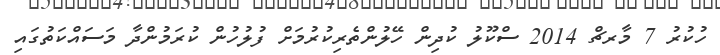
ހުކުރު 7 މާރޗް 2014 ސްކޫލު ކުދިން ހޭލުންތެރިކުރުމަށް ފުލުހުން ކުރަމުންދާ މަސައްކަތުގައި